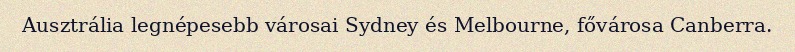
Ausztrália legnépesebb városai Sydney és Melbourne, fővárosa Canberra.